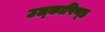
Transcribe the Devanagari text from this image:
उल्‍कापिण्‍ड